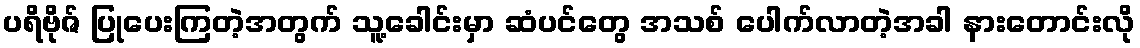
ပရိဗိုဇ် ပြုပေးကြတဲ့အတွက် သူ့ခေါင်းမှာ ဆံပင်တွေ အသစ် ပေါက်လာတဲ့အခါ နားတောင်းလို